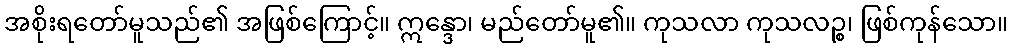
အစိုးရတော်မူသည်၏ အဖြစ်ကြောင့်။ ဣန္ဒော၊ မည်တော်မူ၏။ ကုသလာ ကုသလဉ္စ၊ ဖြစ်ကုန်သော။